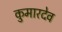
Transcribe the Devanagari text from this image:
कुमारदेव